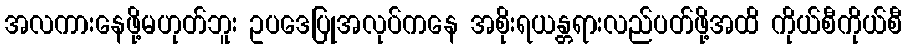
အလကားနေဖို့မဟုတ်ဘူး ဥပဒေပြုအလုပ်ကနေ အစိုးရယန္တရားလည်ပတ်ဖို့အထိ ကိုယ်စီကိုယ်စီ